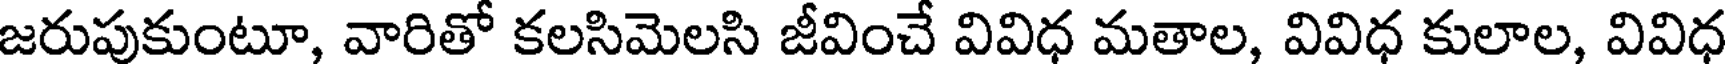
జరుపుకుంటూ, వారితో కలసిమెలసి జీవించే వివిధ మతాల, వివిధ కులాల, వివిధ